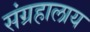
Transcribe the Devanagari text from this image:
संग्रहालाय